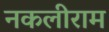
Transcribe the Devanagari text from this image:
नकलीराम